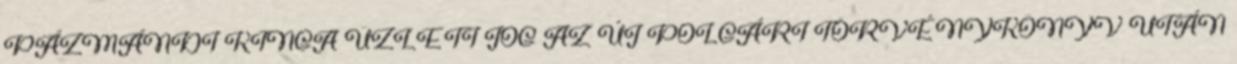
PÁZMÁNDI KINGA ÜZLETI JOG AZ ÚJ POLGÁRI TÖRVÉNYKÖNYV UTÁN